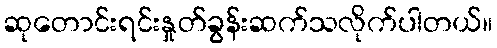
ဆုတောင်းရင်းနှုတ်ခွန်းဆက်သလိုက်ပါတယ်။